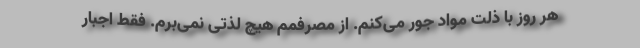
هر روز با ذلت مواد جور می‌کنم. از مصرفمم هیچ لذتی نمی‌برم. فقط اجبار